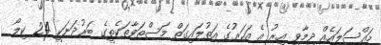
މައްސަލައެއް ދިމާވި އިރު އެ އަހަރުގެ އަތުލައިގަތް މަސްތަވާތަކެތީގެ ބަރުދަނަކީ 24 ކިލޯ